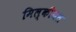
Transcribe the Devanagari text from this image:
मिल्कीयत